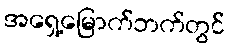
အရှေ့မြောက်ဘက်တွင်